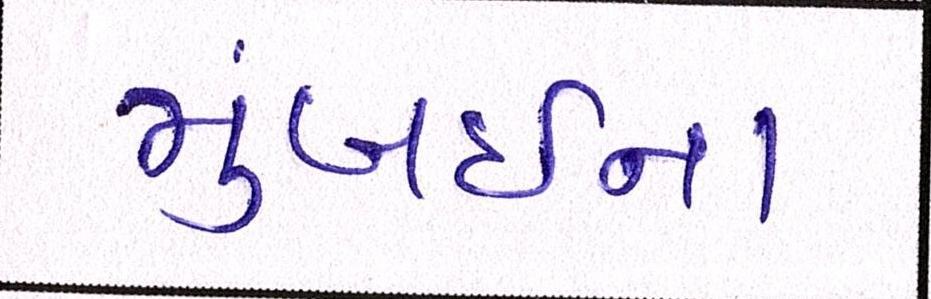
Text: મુંબઇના